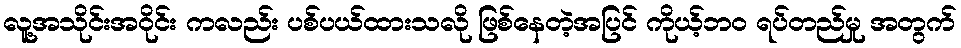
လူ့အသိုင်းအဝိုင်း ကလည်း ပစ်ပယ်ထားသလို ဖြစ်နေတဲ့အပြင် ကိုယ့်ဘဝ ရပ်တည်မှု အတွက်